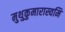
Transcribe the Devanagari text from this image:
मुथुकुमारास्वमि